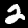
Label: 2